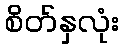
စိတ်နှလုံး